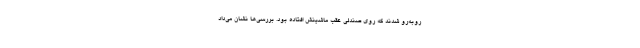
روبه‌رو شدند که روی صندلی عقب ماشینش افتاده بود. بررسی‌ها نشان می‌‌داد